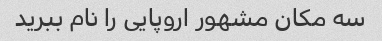
سه مکان مشهور اروپایی را نام ببرید